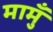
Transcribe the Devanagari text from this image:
मामुँ